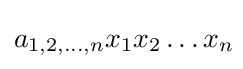
a_{1,2,\ldots ,n}x_{1}x_{2}\ldots x_{n}\!